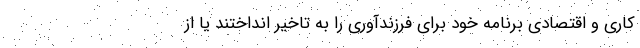
کاری و اقتصادی برنامه خود برای فرزندآوری را به تاخیر انداختند یا از